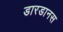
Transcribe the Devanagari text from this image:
डारडानस